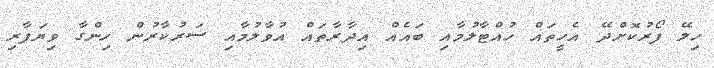
ހިލޭ ފޯރުކޮށްދޭ އެހީތައް ހުއްޓާލުމާއި ބައެއް އިދާރާތައް އުވާލުމާއި ސަރުކާރުން ހިންގާ ވިޔަފާރި